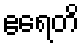
ဧရေတိ